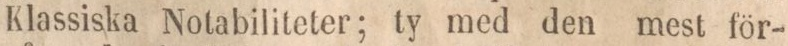
Klassiska Notabiliteter; ty med den mest för-